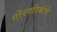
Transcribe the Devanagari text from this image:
गोरगरिबांचे